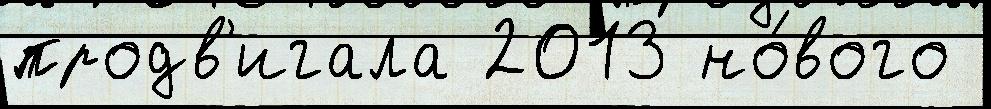
продв'игала 2013 но́вого